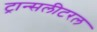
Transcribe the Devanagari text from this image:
ट्रान्सलीटरल